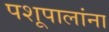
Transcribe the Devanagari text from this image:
पशूपालांना